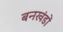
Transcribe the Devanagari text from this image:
बनखंडों